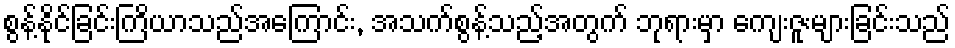
စွန့်နိုင်ခြင်းကြိယာသည်အကြောင်း, အသက်စွန့်သည့်အတွက် ဘုရားမှာ ကျေးဇူးများခြင်းသည်